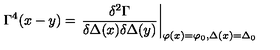
\Gamma ^ { 4 } ( x - y ) = \left. \frac { \delta ^ { 2 } \Gamma } { \delta \Delta ( x ) \delta \Delta ( y ) } \right| _ { \varphi ( x ) = \varphi _ { 0 } , \Delta ( x ) = \Delta _ { 0 } }